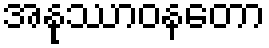
အနုဿာဝနတော